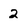
Character: 2